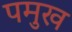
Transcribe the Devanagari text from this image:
पमुख